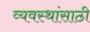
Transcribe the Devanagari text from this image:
व्यवस्थांसाठी